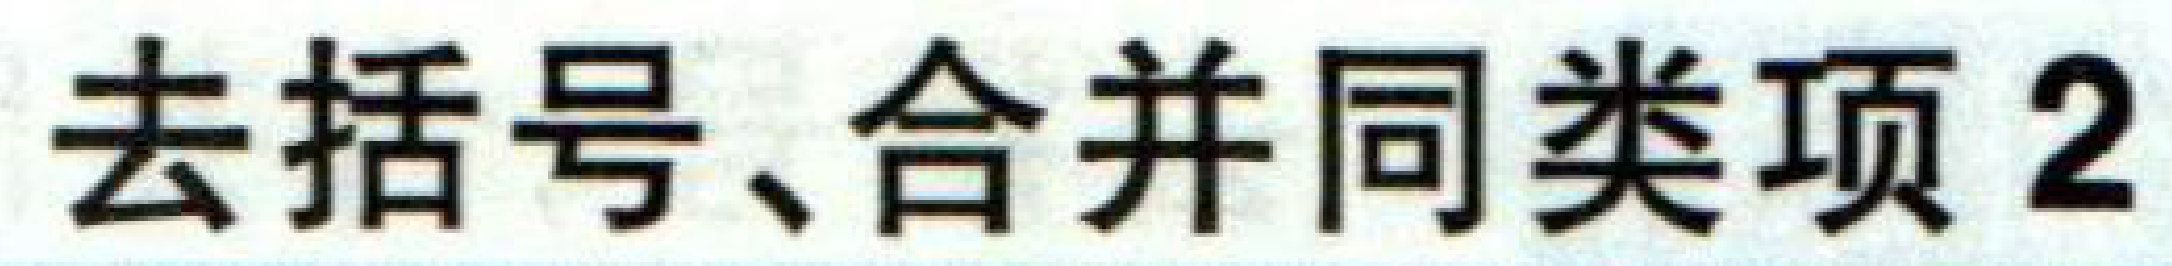
去括号、合并同类项 2